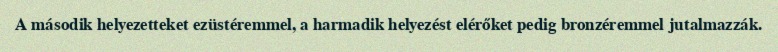
A második helyezetteket ezüstéremmel, a harmadik helyezést elérőket pedig bronzéremmel jutalmazzák.